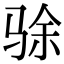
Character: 𬳿